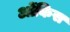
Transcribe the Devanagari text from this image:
ओंकिस